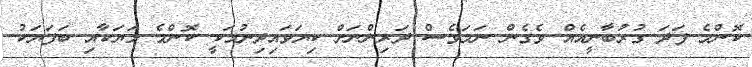
ކޮންމެ ފަދަ ގުރުބާނީއެއް ވެގެން ނަމަވެސް ދަރިންނަށް ކިޔަވައިދިނުމަކީ ކޮންމެ މަޔަކާއި ބަފަޔަކު